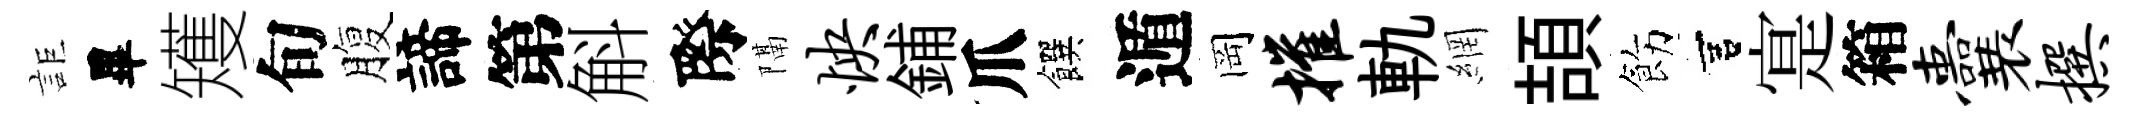
詎畢矱旬腹諦第斛際隔怏鋪爪饌遁岡摧軌網頡飭宫寔箱囊撰